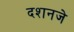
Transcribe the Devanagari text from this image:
दशनजे